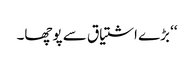
‘‘ بڑے اشتیاق سے پوچھا۔